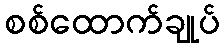
စစ်ထောက်ချုပ်